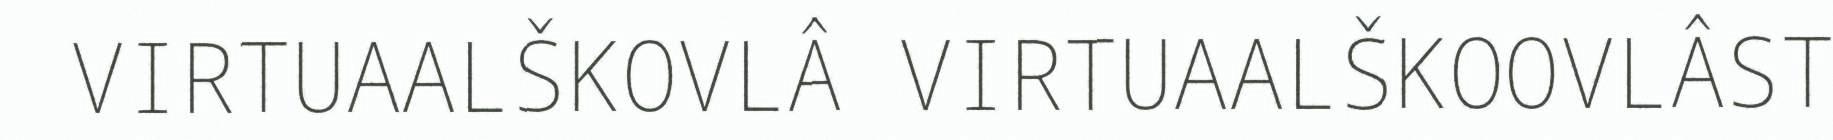
VIRTUAALŠKOVLÂ VIRTUAALŠKOOVLÂST